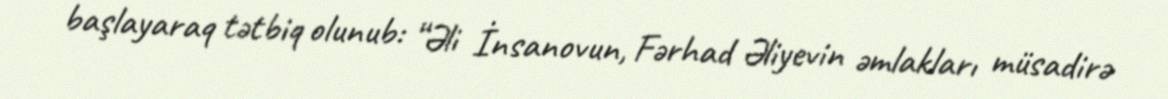
başlayaraq tətbiq olunub: “Əli İnsanovun, Fərhad Əliyevin əmlakları müsadirə